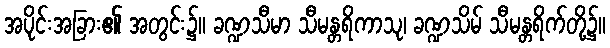
အပိုင်းအခြား၏ အတွင်း၌။ ခဏ္ဍသီမာ သီမန္တရိကာသု၊ ခဏ္ဍသိမ် သီမန္တရိက်တို့၌။